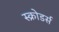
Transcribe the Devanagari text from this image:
स्क्रोडर्स